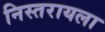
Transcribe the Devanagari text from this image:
निस्तरायला